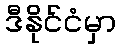
ဒီနိုင်ငံမှာ